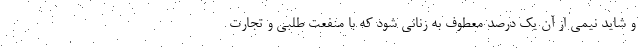
و شاید نیمی از آن یک درصد معطوف به زنانی شود که با منفعت طلبی و تجارت